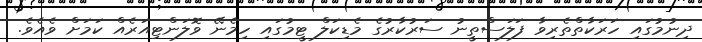
ދިނުމުގައި ހަރަކާތްތެރިވާ ފަލަސްތީނު ސަރުކާރުގެ މެޑިކަލް ޓީމުގައި ހިމެނޭ ވޮލަންޓިއަރެއް ކަމަށް ވެއެވެ.